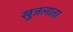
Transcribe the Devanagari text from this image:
खुजलाता